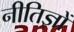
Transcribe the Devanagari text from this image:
नीतिज्ञों